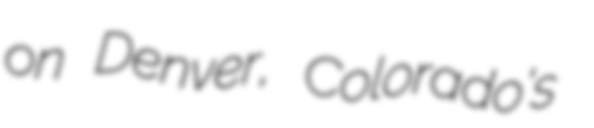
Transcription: on Denver, Colorado's